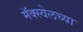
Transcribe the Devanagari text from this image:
मॅक्स्वेलच्या